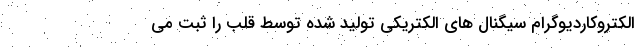
الکتروکاردیوگرام سیگنال های الکتریکی تولید شده توسط قلب را ثبت می